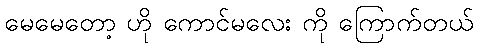
မေမေတော့ ဟို ကောင်မလေး ကို ကြောက်တယ်